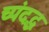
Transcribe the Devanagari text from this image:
च्पंदद्ध